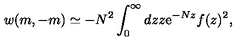
w ( m , - m ) \simeq - N ^ { 2 } \int _ { 0 } ^ { \infty } d z z \mathrm { e } ^ { - N z } f ( z ) ^ { 2 } ,